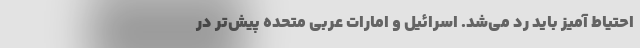
احتیاط‌ آمیز باید رد می‌شد. اسرائیل و امارات عربی متحده پیش‌تر در